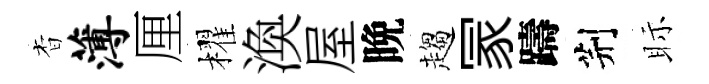
杳薄厘櫂渙屋晩趨冡躊荆眎